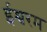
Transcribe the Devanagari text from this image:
ईश्वरम